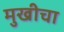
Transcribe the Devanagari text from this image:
मुखीचा